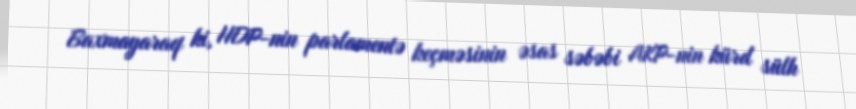
Baxmayaraq ki, HDP-nin parlamentə keçməsinin əsas səbəbi AKP-nin kürd sülh